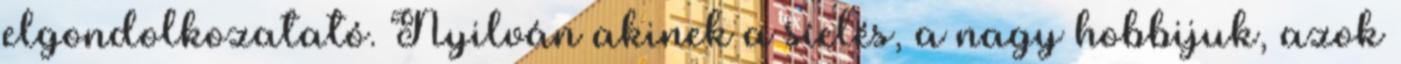
elgondolkozatató. Nyilván akinek a síelés, a nagy hobbijuk, azok